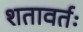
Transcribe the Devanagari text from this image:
शतावर्तः